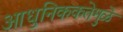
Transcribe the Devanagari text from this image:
आधुनिककतेमुळे